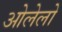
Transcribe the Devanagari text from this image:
ओलेलो